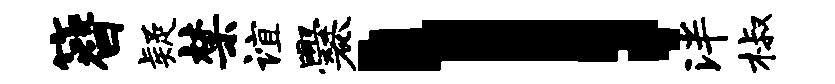
簪疑禁谊爨l泮椒